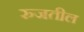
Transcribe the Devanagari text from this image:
रुजतील